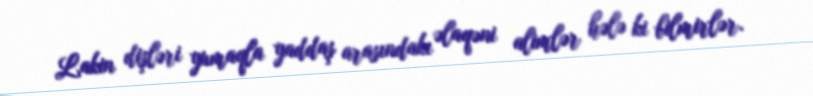
Lakin dişləri yumaqla yaddaş arasındakı əlaqəni alimlər hələ ki bilmirlər.